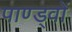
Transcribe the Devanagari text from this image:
पाण्ड्वों